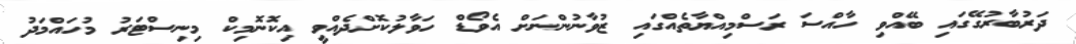
ދަރުބާރުގޭގައި ބޭއްވި ހާއްސަ ރަސްމިއްޔާތެއްގައި ޒުވާނުންނަށް އެވޯޑް ހަވާލުކޮށްދެއްވީ އިކޮނޮމިކް މިނިސްޓަރު މުހައްމަދު